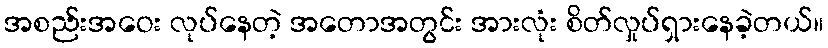
အစည်းအဝေး လုပ်နေတဲ့ အတောအတွင်း အားလုံး စိတ်လှုပ်ရှားနေခဲ့တယ်။